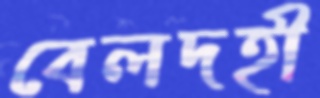
বেলদহী